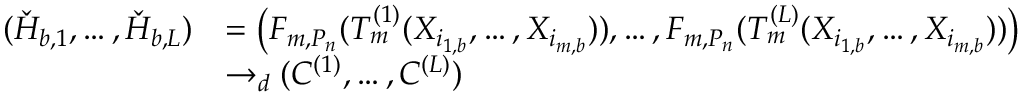
\begin{array} { r l } { ( \check { H } _ { b , 1 } , \dots , \check { H } _ { b , L } ) } & { = \left( F _ { m , P _ { n } } ( T _ { m } ^ { ( 1 ) } ( X _ { i _ { 1 , b } } , \dots , X _ { i _ { m , b } } ) ) , \dots , F _ { m , P _ { n } } ( T _ { m } ^ { ( L ) } ( X _ { i _ { 1 , b } } , \dots , X _ { i _ { m , b } } ) ) \right) } \\ & { \rightarrow _ { d } ( C ^ { ( 1 ) } , \dots , C ^ { ( L ) } ) } \end{array}